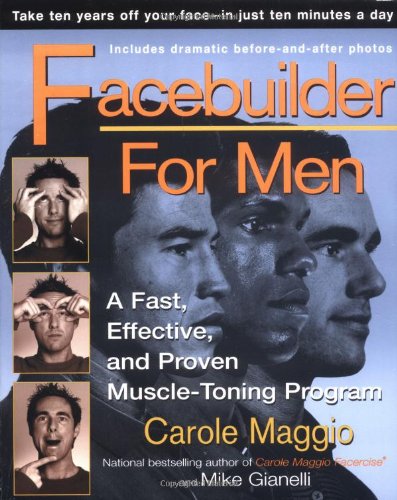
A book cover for Facebuilder for Men; Carole Maggio; Health, Fitness & Dieting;